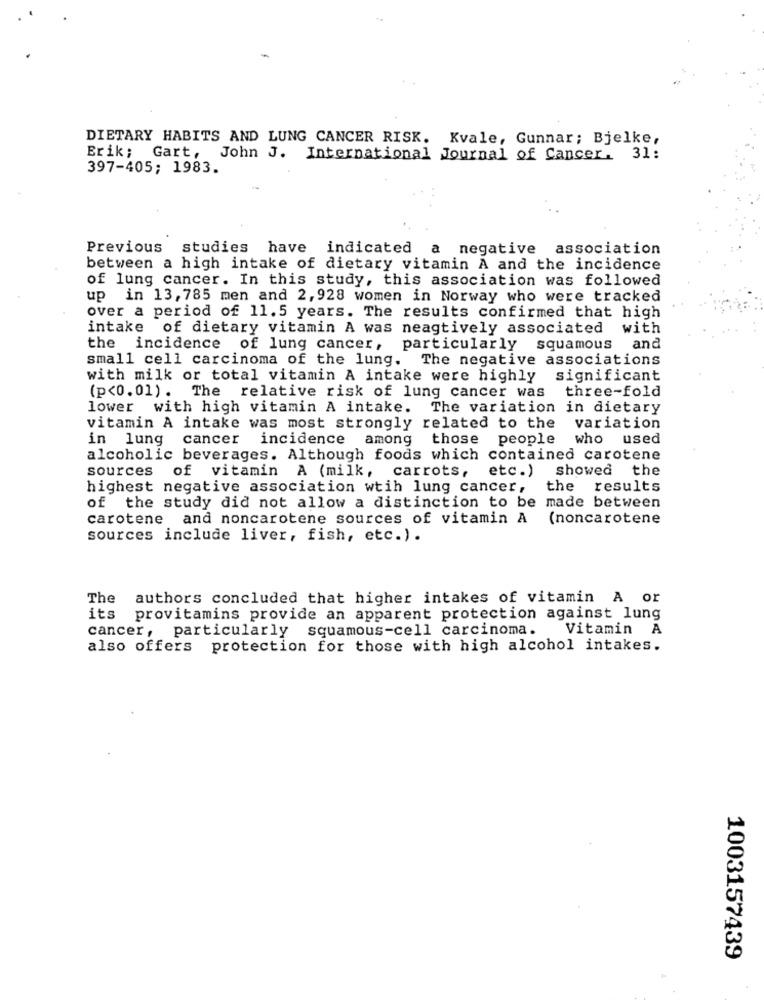
DIETARY HABITS AND LUNG CANCER RISK. Kvale, Gunnar; Bjelke,
Erik; Gart, John J. International Journal of Cancer. 31:
397-405; 1983.
Previous studies have indicated a negative association
between a high intake of dietary vitamin A and the incidence
of lung cancer. In this study, this association was followed
up in 13, 785 men and 2, 928 women in Norway who were tracked
over a period of 11.5 years. The results confirmed that high
intake of dietary vitamin A was neagtively associated with
the incidence of lung cancer, particularly
squamous and
small cell carcinoma of the lung. The negative associations
with milk or total vitamin A intake were highly
significant
three-fold
(p<0.01). The relative risk of lung cancer was
lower with high vitamin A intake. The variation in dietary
vitamin A intake was most strongly related to the
variation
in lung cancer
incidence among those
people
who used
alcoholic beverages. Although foods which contained carotene
sources of vitamin A (milk, carrots,
etc.)
showed the
highest negative association wtih lung cancer,
the results
of the study did not allow a distinction to be made between
carotene and noncarotene sources of vitamin A
(noncarotene
sources include liver, fish, etc.) .
The
authors concluded that higher intakes of vitamin A or
its
provitamins provide an apparent protection against lung
cancer, particularly squamous-cell carcinoma.
Vitamin A
also offers protection for those with high alcohol intakes.
1003157439